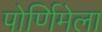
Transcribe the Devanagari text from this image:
पोर्णिमेला